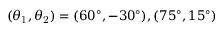
( \theta _ { \mathrm { 1 } } , \theta _ { \mathrm { 2 } } ) = ( 6 0 ^ { \circ } , - 3 0 ^ { \circ } ) , ( 7 5 ^ { \circ } , 1 5 ^ { \circ } )